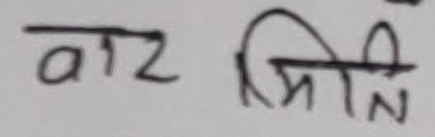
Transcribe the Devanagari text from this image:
वाट जिति